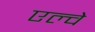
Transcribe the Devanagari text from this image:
एल्वे